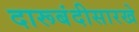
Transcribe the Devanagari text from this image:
दारूबंदीसारखे